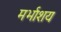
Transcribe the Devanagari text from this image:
मर्भाशय